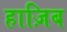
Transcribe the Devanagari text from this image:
हाज़िब